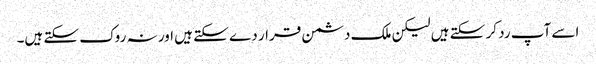
اسے آپ رد کر سکتے ہیں لیکن ملک دشمن قرار دے سکتے ہیں اور نہ روک سکتے ہیں۔